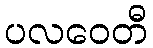
ပလဝေတီ